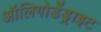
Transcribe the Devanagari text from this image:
ऑलिगोडेंड्राइट